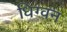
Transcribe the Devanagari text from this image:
धिग्वन